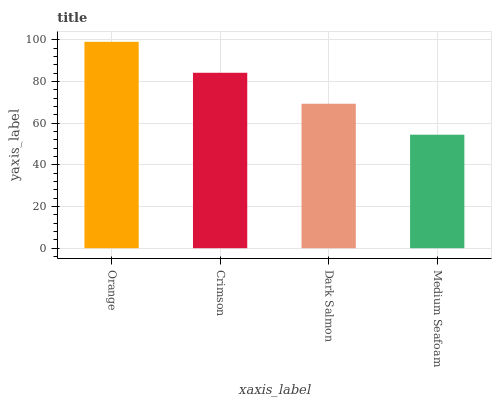
| xaxis_label | bars |
 | --- | --- |
 | Orange | 99 |
 | Crimson | 84.1 |
 | Dark Salmon | 69.3 |
 | Medium Seafoam | 54.4 |